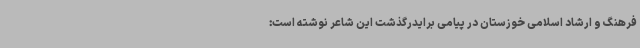
فرهنگ و ارشاد اسلامی خوزستان در پیامی برایدرگذشت این شاعر نوشته است: